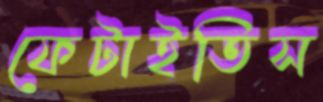
ফেটাইতিস